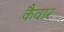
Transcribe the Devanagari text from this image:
कैवार